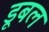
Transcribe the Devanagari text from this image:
डूबल